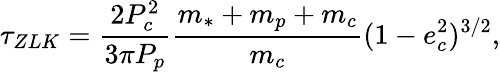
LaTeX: \tau_{ZLK}=\frac{2P_{c}^{2}}{3\pi P_{p}}\frac{m_{*}+m_{p}+m_{c}}{m_{c}}(1-e_{c}^{2})^{3/2},